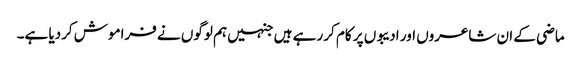
ماضی کے ان شاعروں اور ادیبوں پر کام کر رہے ہیں جنہیں ہم لوگوں نے فراموش کردیا ہے۔